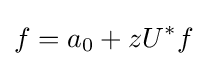
f=a_{0}+zU^{*}f